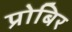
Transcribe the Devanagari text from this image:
प्रोबिर